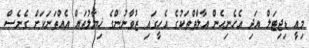
މިއީ ޑިޖިޓަލް އަދި އެހެނިހެން އާލާތްތަކުގެ އެހީގައި ޒުވާނުންގެ ޚިޔާލުތައް އެއްތަނަކަށް ގެނެސް